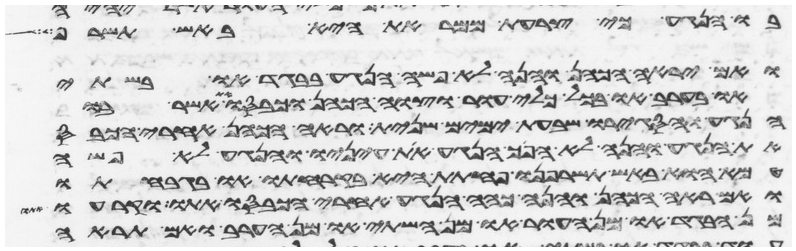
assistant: בו הנגע כי צרעת ממראת היא באש תשרף
ואם יראה הכהן והנה לא פשה הנגע בבגד או בשתי
או בערב או בכל כלי עור וצוה הכהן וכבסו את אשר בו
הנגע והסגירו שבעת ימים שנית וראה הכהן אחרי הכבס
את הנגע והנה לא הפך הנגע את עיניו והנגע לא פשה
טמא הוא באש תשרפנו פחתת היא בקרחתו או בגבחתו
ואם ראה הכהן והנה כהה הנגע אחרי הכבסו אתו וקרעו
מן הבגד או מן העור או מן השתי או מן הערב ואם תראה